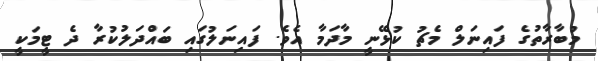
މުބާރާތުގެ ފައިނަލް މެޗު ކުޅޭނީ މާދަމާ އެވެ. ފައިނަލުގައި ބައްދަލުކުރާ ދެ ޓީމަކީ